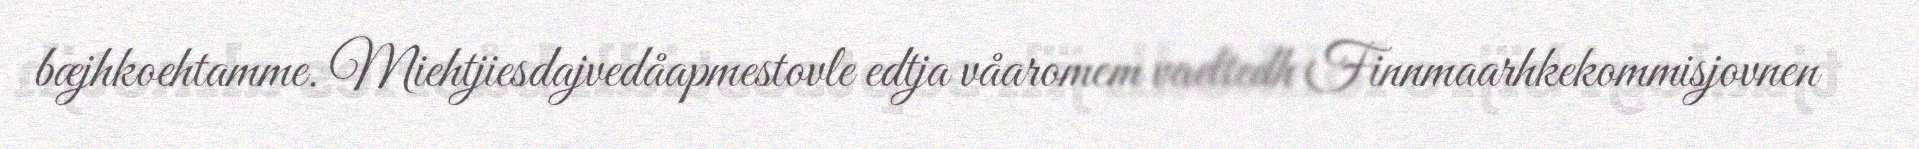
bæjhkoehtamme. Miehtjiesdajvedåapmestovle edtja våaromem vaeltedh Finnmaarhkekommisjovnen